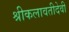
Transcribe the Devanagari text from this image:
श्रीकलावतीदेवी